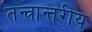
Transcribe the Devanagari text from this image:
तन्त्रान्तरीय